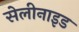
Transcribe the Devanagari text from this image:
सेलीनाइड